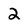
Character: 2